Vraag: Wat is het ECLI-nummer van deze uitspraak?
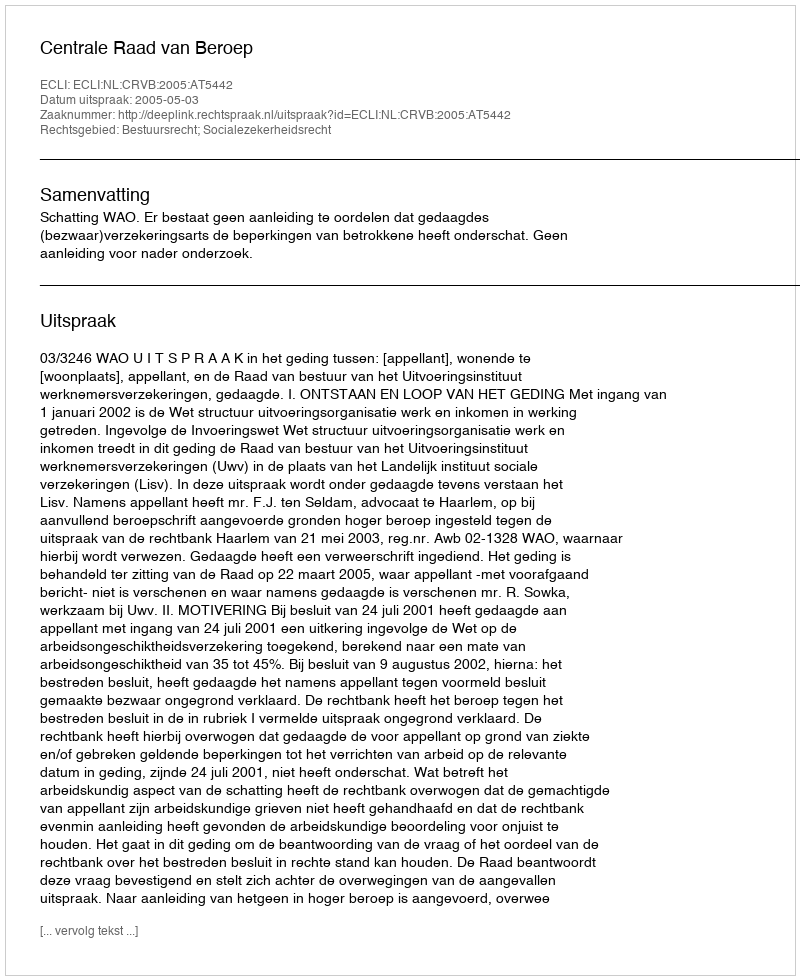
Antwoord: ECLI:NL:CRVB:2005:AT5442